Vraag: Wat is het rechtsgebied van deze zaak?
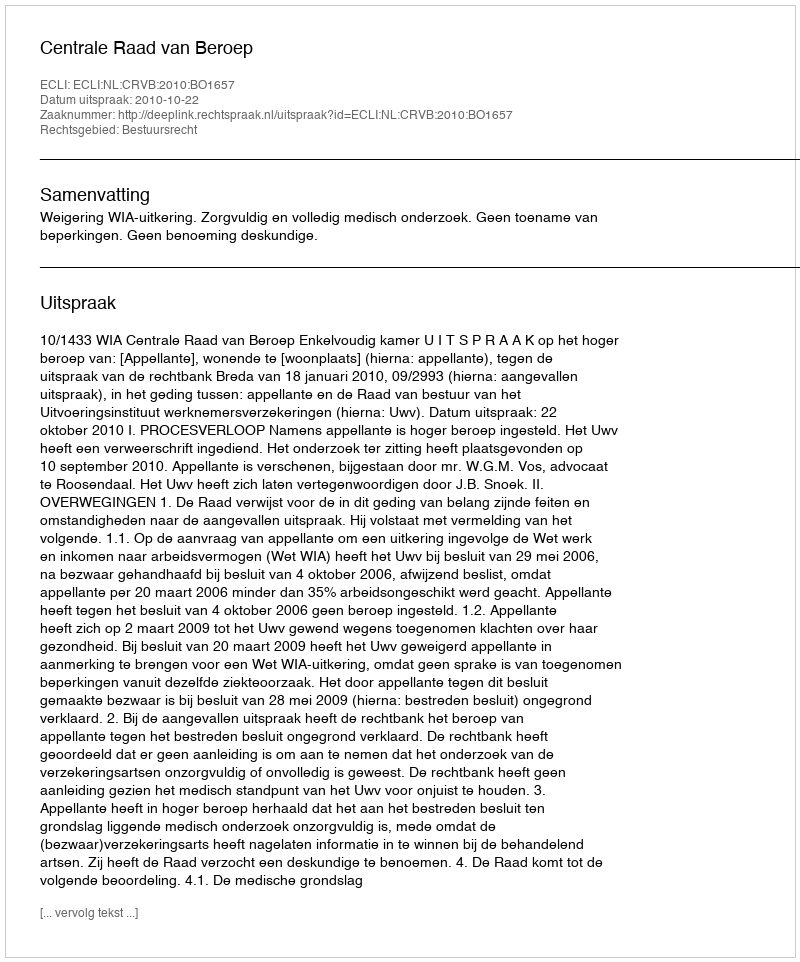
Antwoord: Bestuursrecht